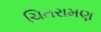
ચિતરામણ